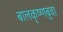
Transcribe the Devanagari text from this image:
बालकृष्णबुवा